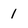
Character: 1